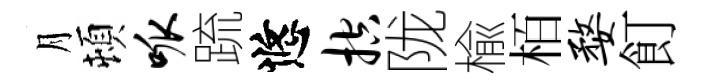
月頓呱䟽悠控陇楡栢婺飣